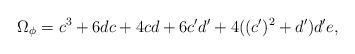
LaTeX: \begin{align*}\Omega_{\phi} = c^3 + 6 dc + 4 cd +6 c' d' + 4 ((c')^2 + d') d' e,\end{align*}